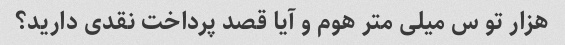
هزار تو س میلی متر هوم و آیا قصد پرداخت نقدی دارید؟